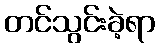
တင်သွင်းခဲ့ရာ